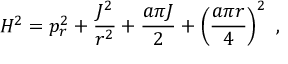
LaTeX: H ^ { 2 } = p _ { r } ^ { 2 } + { \frac { J ^ { 2 } } { r ^ { 2 } } } + { \frac { a \pi J } { 2 } } + \left( { \frac { a \pi r } { 4 } } \right) ^ { 2 } \ ,